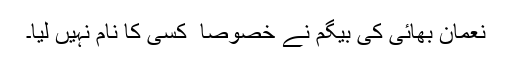
نعمان بھائی کی بیگم نے خصوصاً ً کسی کا نام نہیں لیا۔